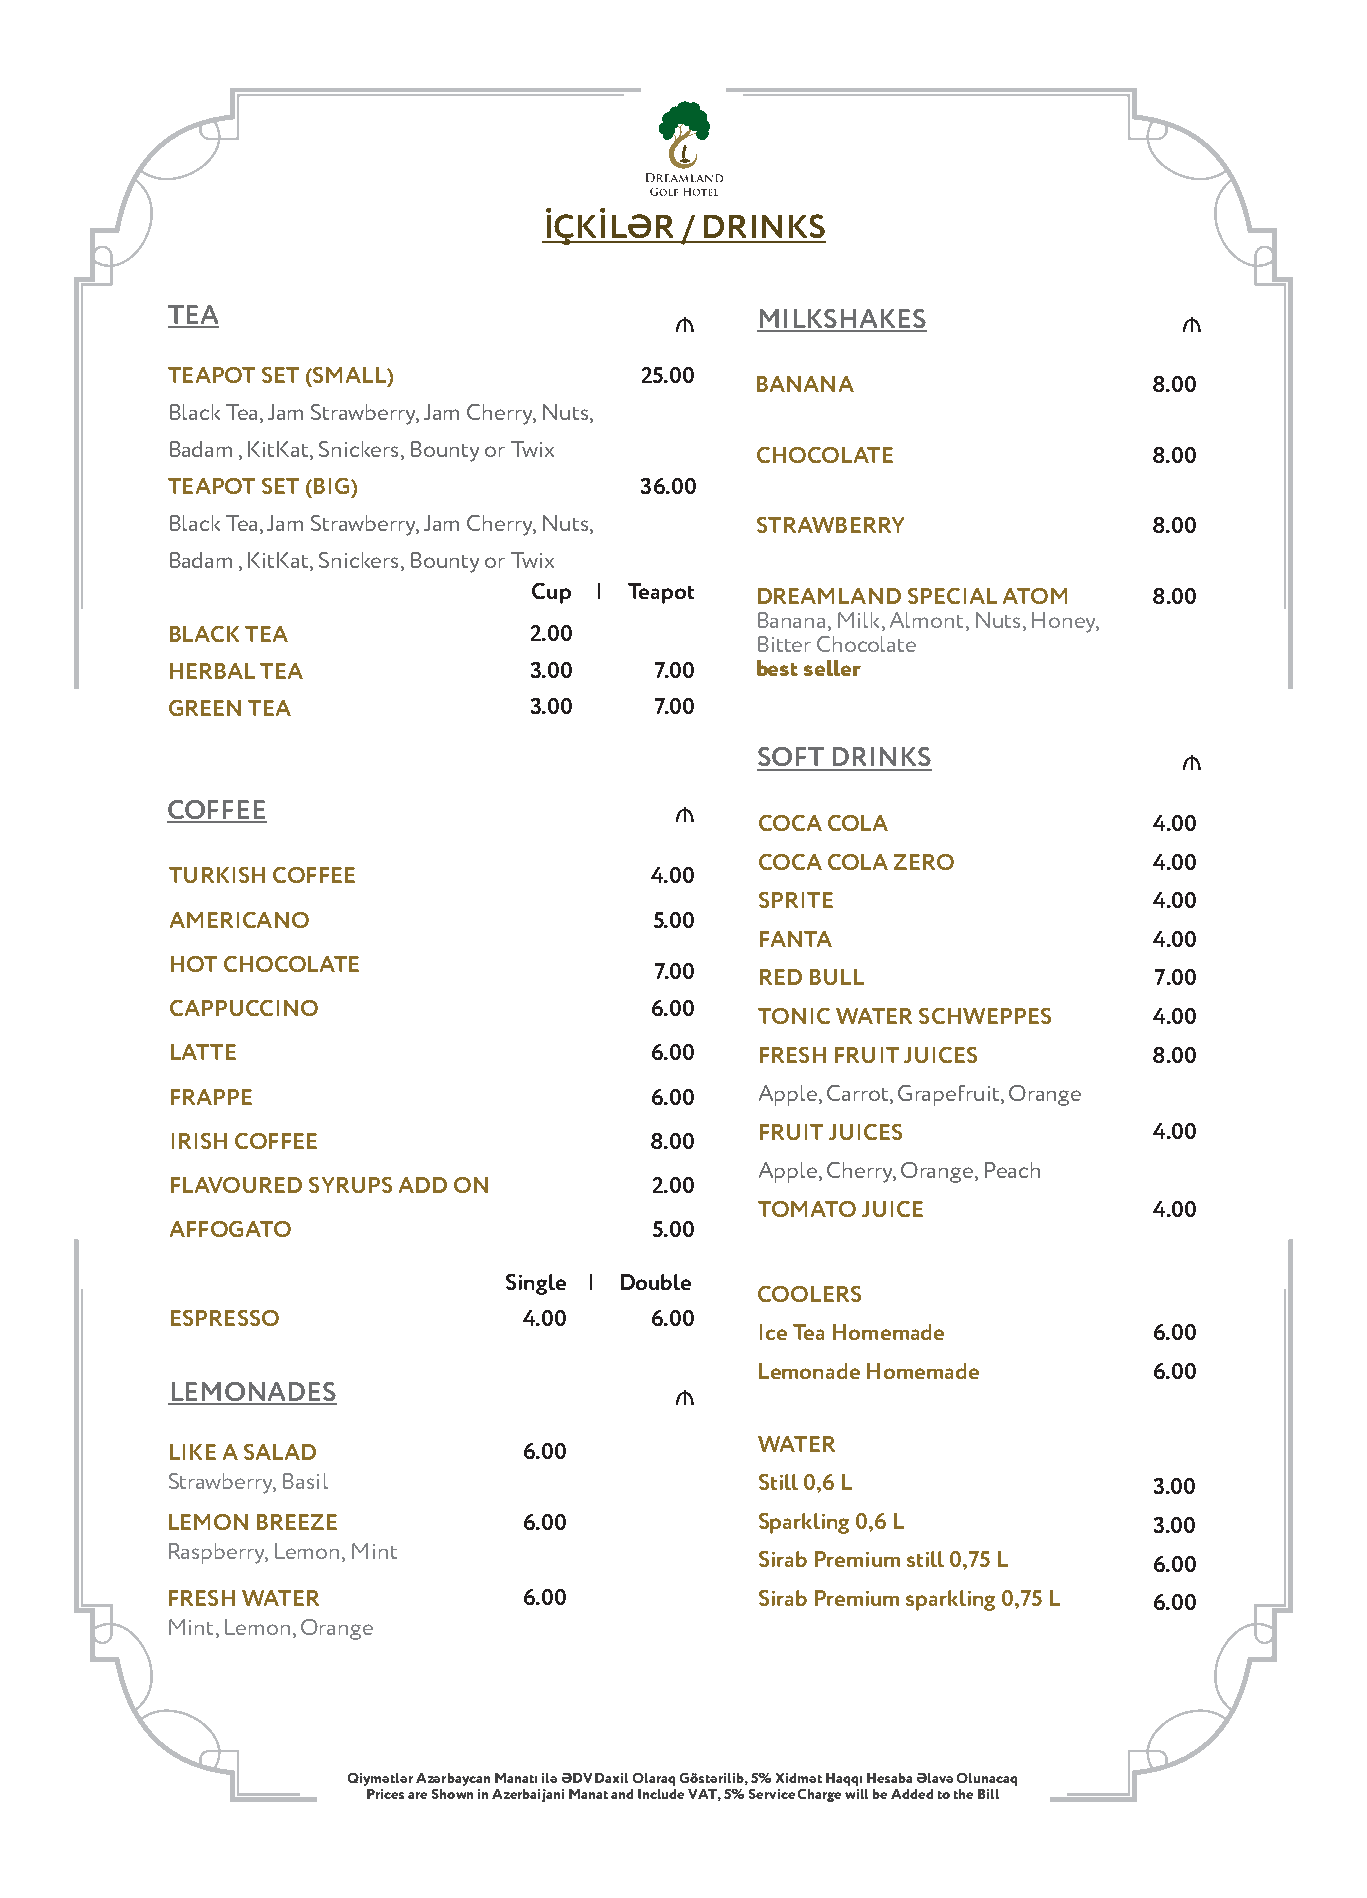
İÇKİLƏR  / DRINKS
 TEA                               ₼    MILKSHAKES                  ₼
 TEAPOT SET (SMALL)             25.00
 BANANA                    8.00
 Black Tea, Jam Strawberry, Jam Cherry, Nuts,

 Badam , KitKat, Snickers, Bounty or Twix CHOCOLATE               8.00
 TEAPOT SET (BIG)                36.00

 Black Tea, Jam Strawberry, Jam Cherry, Nuts, STRAWBERRY          8.00
 Badam , KitKat, Snickers, Bounty or Twix
 Cup  | Teapot  DREAMLAND SPECIAL ATOM  8.00
 Banana, Milk, Almont, Nuts, Honey,
 BLACK TEA               2.00
 Bitter Chocolate
 HERBAL TEA              3.00     7.00  best seller
 GREEN TEA               3.00    7.00
 SOFT DRINKS                 ₼
 COFFEE                            ₼
 COCA COLA                  4.00
 COCA COLA ZERO             4.00
 TURKISH COFFEE                  4.00
 SPRITE                     4.00
 AMERICANO                       5.00
 FANTA                      4.00
 HOT CHOCOLATE                    7.00  RED BULL                  7.00
 CAPPUCCINO                      6.00
    TONIC WATER SCHWEPPES      4.00
 LATTE                           6.00   FRESH FRUIT JUICES        8.00

 FRAPPE                          6.00   Apple, Carrot, Grapefruit, Orange

 FRUIT JUICES               4.00
 IRISH COFFEE                    8.00

 Apple, Cherry, Orange, Peach
 FLAVOURED SYRUPS ADD ON         2.00

 TOMATO JUICE               4.00
 AFFOGATO                        5.00
 Single | Double
 COOLERS
 ESPRESSO                4.00   6.00
 Ice Tea Homemade           6.00
 Lemonade Homemade          6.00
 LEMONADES                         ₼
 WATER
 LIKE A SALAD            6.00
 Strawberry, Basl                      Still 0,6 L                3.00
 LEMON BREEZE            6.00          Sparkling 0,6 L            3.00
 Raspberry, Lemon, Mnt
 Sirab Premium still 0,75 L 6.00
 FRESH WATER             6.00          Sirab Premium sparkling 0,75 L 6.00
 Mint, Lemon, Orange
 Qiymətlər Azərbaycan Manatı ilə ƏDV Daxil Olaraq Göstərilib, 5% Xidmət Haqqı Hesaba Əlavə Olunacaq
 Prces are Shown in Azerbaijani Manat and Include VAT, 5% Service Charge will be Added to the Bill